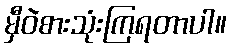
မှီဝဲစားသုံးကြရတာပါ။